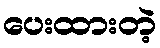
ပေးထားတဲ့